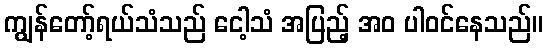
ကျွန်တော့်ရယ်သံသည် ငေါ့သံ အပြည့် အဝ ပါဝင်နေသည်။